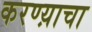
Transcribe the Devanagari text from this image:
करण्य़ाचा